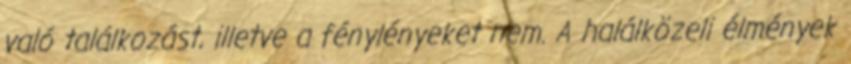
való találkozást, illetve a fénylényeket nem. A halálközeli élmények